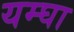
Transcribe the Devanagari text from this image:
यम्घा